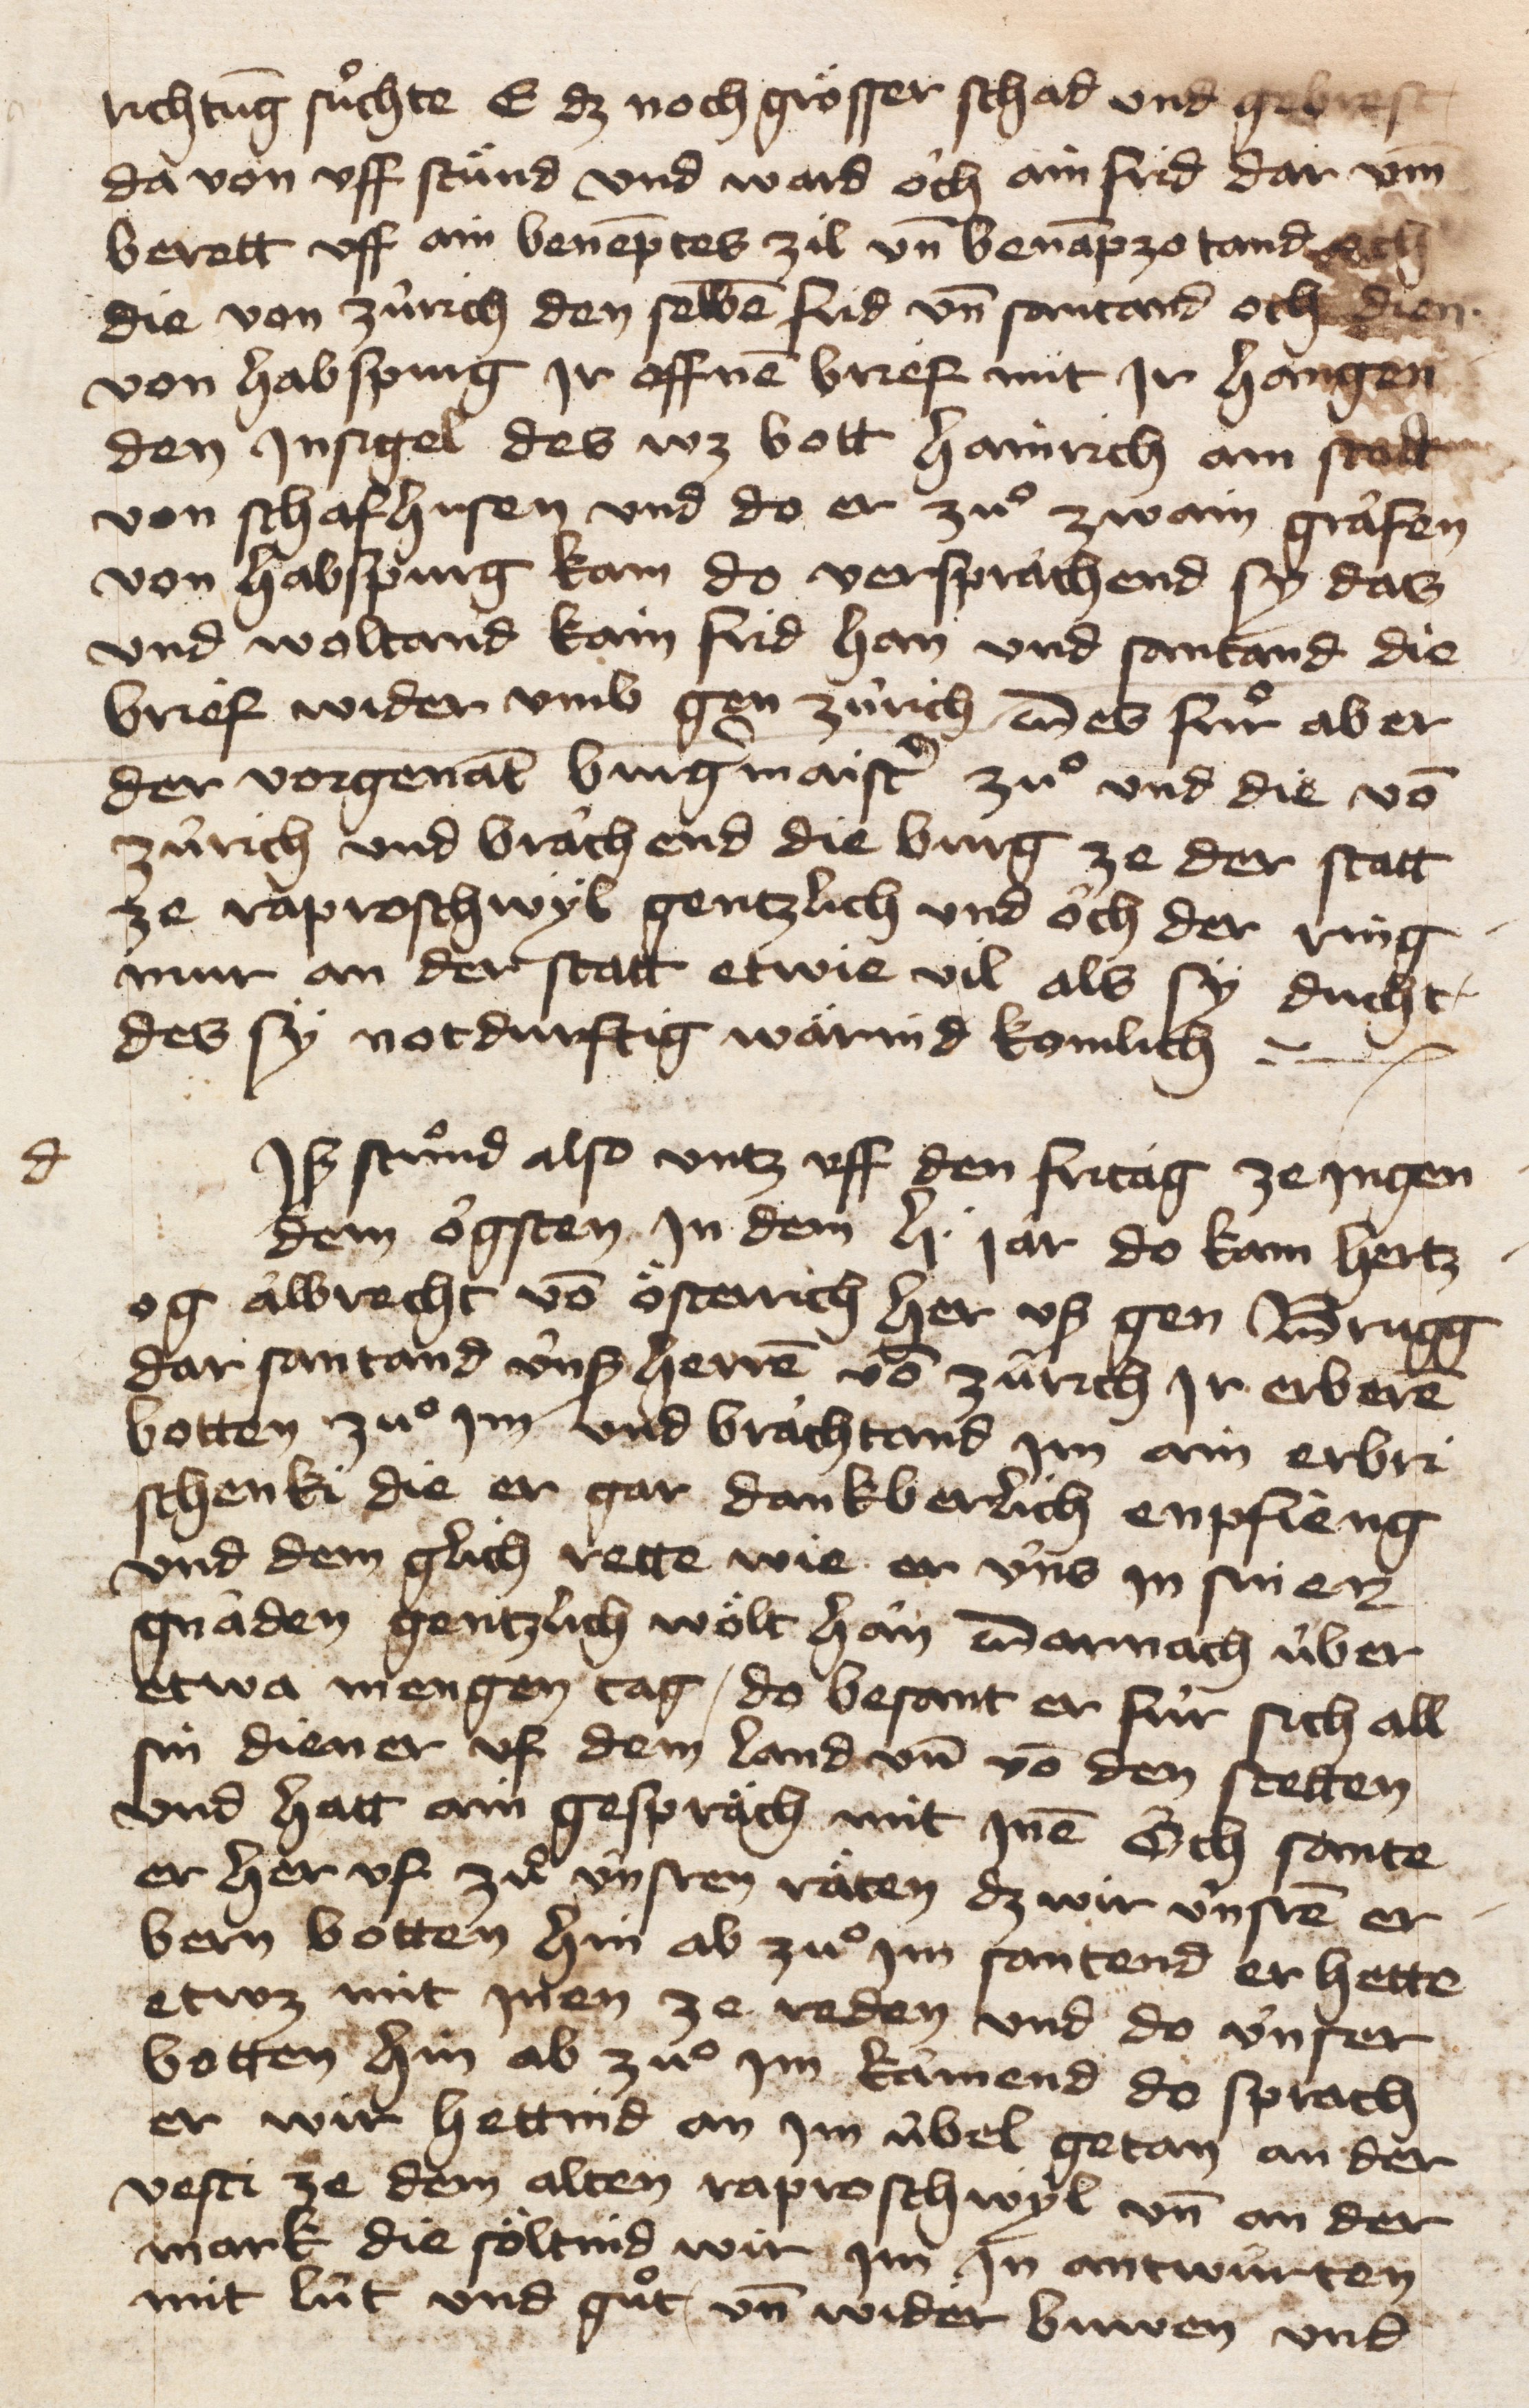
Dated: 1400–1499